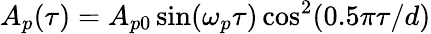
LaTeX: A_{p}(\tau)=A_{p0}\sin(\omega_{p}\tau)\cos^{2}(0.5\pi\tau/d)